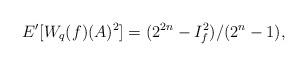
LaTeX: \begin{align*}E'[W_q(f)(A)^2] = (2^{2n}-I_f^2)/(2^n-1),\end{align*}